Annual administration report of the Civil Veterinary Department of India - 1897-1898
Year: 1897
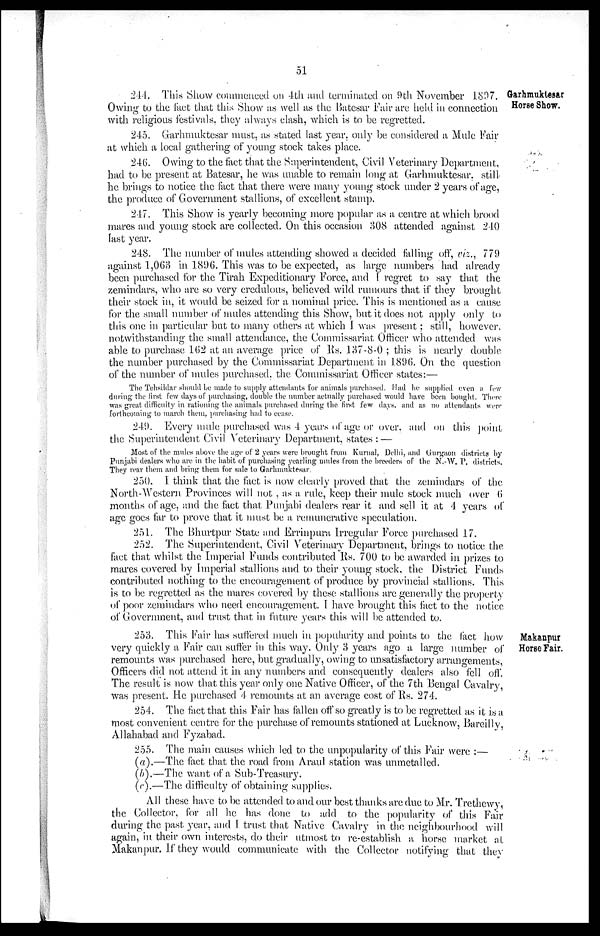
51
Garhmuktesar
Horse Show.
244. This Show commenced on 4th and terminated on 9th November 1897.
Owing to the fact that this Show as well as the Batesar Fair are held in connection
with religious festivals, they always clash, which is to be regretted.
245. Garhmuktesar must, as stated last year, only be considered a Mule Fair
at which a local gathering of young stock takes place.
246. Owing to the fact that the Superintendent, Civil Veterinary Department,
had to be present at Batesar, he was unable to remain long at Garhmuktesar. still
he brings to notice the fact that there were many young stock under 2 years of age,
the produce of Government stallions, of excellent stamp.
247. This Show is yearly becoming more popular as a centre at which brood
mares and young stock are collected. On this occasion 308 attended against 240
last year.
248. The number of mules attending showed a decided falling off, viz., 779
against 1,063 in 1896. This was to be expected, as large numbers had already
been purchased for the Tirah Expeditionary Force, and I regret to say that the
zemindars, who are so very credulous, believed wild rumours that if they brought
their stock in, it would be seized for a nominal price. This is mentioned as a cause
for the small number of mules attending this Show, but it does not apply only to
this one in particular but to many others at which I was present ; still, however
notwithstanding the small attendance, the Commissariat Officer who attended was
able to purchase 162 at an average price of Rs. 137-8-0; this is nearly double
the number purchased by the Commissariat Department in 1896. On the question
of the number of mules purchased, the Commissariat Officer states:—
The Tehsildar should be made to supply attendants for animals purchased. Had he supplied even a few
during the first few days of purchasing, double the number actually purchased would have been bought. There
was great difficulty in rationing the animals purchased during the first few days, and as no attendants were
forthcoming to march them, purchasing had to cease.
249. Every mule purchased was 4 years of age or over, and on this point
the Superintendent Civil Veterinary Department, states:—
Most of the mules above the age of 2 years were brought from Kurnal, Delhi, and Gurgaon districts by
Punjabi dealers who are in the habit of purchasing yearling mules from the breeders of the N.-W. P. districts.
They rear them and bring them for sale to Garhmuktesar.
250. I think that the fact is now clearly proved that the zemindars of the
North-Western Provinces will not , as a rule, keep their mule stock much over 6
months of age, and the fact that Punjabi dealers rear it and sell it at 4 years of
age goes far to prove that it must be a remunerative speculation.
251. The Bhurtpur State and Errinpura Irregular Force purchased 17.
252. The Superintendent, Civil Veterinary Department, brings to notice the
fact that whilst the Imperial Funds contributed Rs. 700 to be awarded in prizes to
mares covered by Imperial stallions and to their young stock, the District Funds
contributed nothing to the encouragement of produce by provincial stallions. This
is to be regretted as the mares covered by these stallions are generally the property
of poor zemindars who need encouragement. I have brought this fact to the notice
of Government, and trust that in future years this will be attended to.
Makanpur
Horse Fair.
253. This Fair has suffered much in popularity and points to the fact how
very quickly a Fair can suffer in this way. Only 3 years ago a large number of
remounts was purchased here, but gradually, owing to unsatisfactory arrangements,
Officers did not attend it in any numbers and consequently dealers also fell off.
The result is now that this year only one Native Officer, of the 7th Bengal Cavalry,
was present. He purchased 4 remounts at an average cost of Rs. 274.
254. The fact that this Fair has fallen off so greatly is to be regretted as it is a
most convenient centre for the purchase of remounts stationed at Lucknow, Bareilly,
Allahabad and Fyzabad.
255. The main causes which led to the unpopularity of this Fair were:—
(a).—The fact that the road from Araul station was unmetalled.
(b).—The want of a Sub-Treasury.
(c).—The difficulty of obtaining supplies.
All these have to be attended to and our best thanks are due to Mr. Trethewy,
the Collector, for all he has done to add to the popularity of this Fair
during the past year, and I trust that Native Cavalry in the neighbourhood will
again, in their own interests, do their utmost to re-establish a horse market at
Makanpur. If they would communicate with the Collector notifying that they